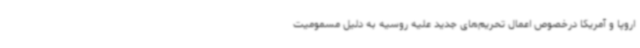
اروپا و آمریکا درخصوص اعمال تحریم‌های جدید علیه روسیه به دلیل مسمومیت